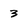
Character: 3